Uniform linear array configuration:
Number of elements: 24
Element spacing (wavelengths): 0.5
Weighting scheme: blackman
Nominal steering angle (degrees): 15
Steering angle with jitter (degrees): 14.75
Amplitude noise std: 0.05
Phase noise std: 0.05

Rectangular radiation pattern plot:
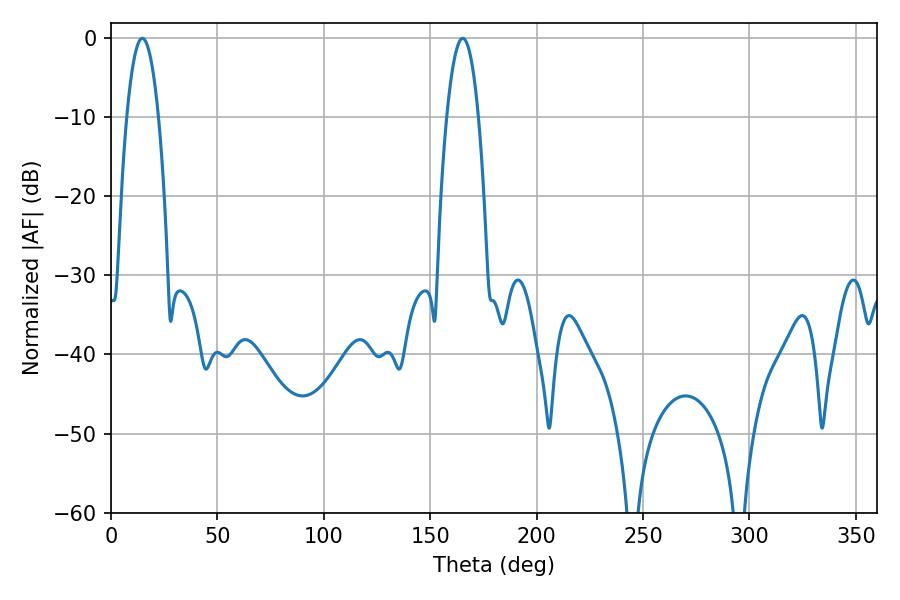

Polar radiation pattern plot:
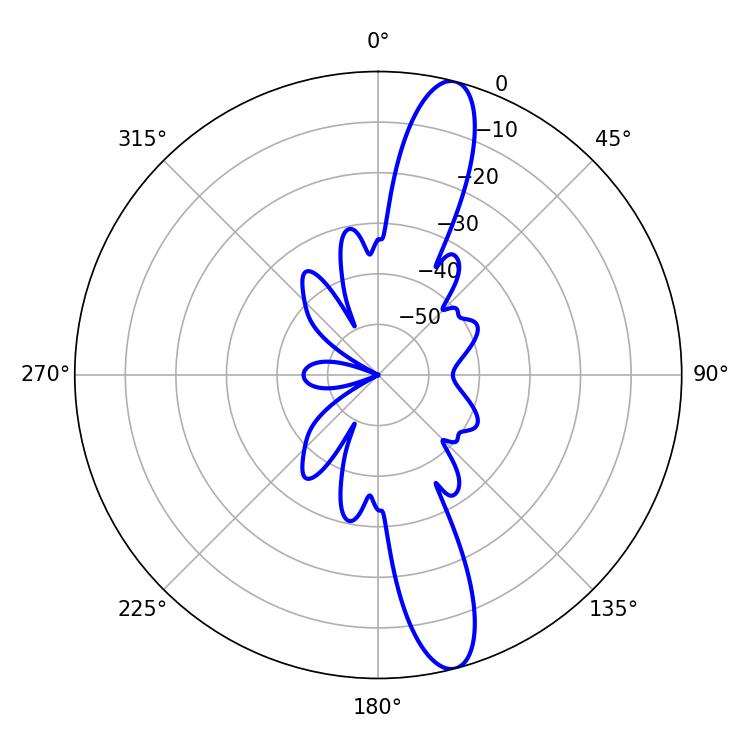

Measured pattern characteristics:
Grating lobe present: FALSE
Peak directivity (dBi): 14.058
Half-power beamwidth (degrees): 8.28
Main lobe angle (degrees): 14.76